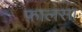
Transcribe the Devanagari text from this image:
फ़ालसा